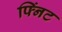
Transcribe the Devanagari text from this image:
फ्निंट